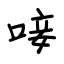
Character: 唼